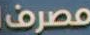
مصرف